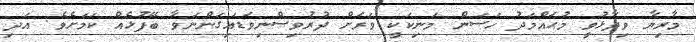
މާރިޔާ ވިދާޅުވީ މުޙައްމަދު ހަސަން މަނިކަކީ ވަރަށް ދުރުވިސްނިވަޑައިގަންނަވާ ބޭފުޅެއް ކަމަށެވެ. އަދި